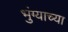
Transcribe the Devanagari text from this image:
भुंग्याच्या